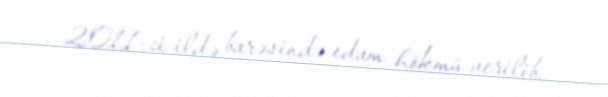
2011-ci ildə barəsində edam hökmü verilib.